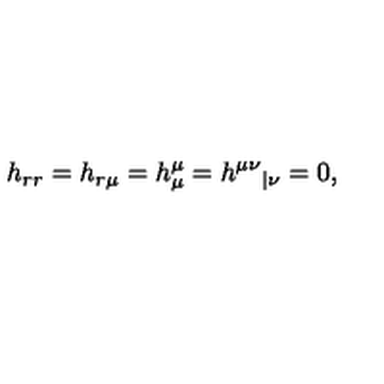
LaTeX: h _ { r r } = h _ { r \mu } = h _ { \mu } ^ { \mu } = h ^ { \mu \nu } { } _ { | \nu } = 0 ,